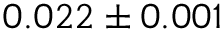
0 . 0 2 2 \pm 0 . 0 0 1